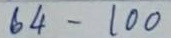
64 - 100